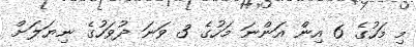
މި މަހުގެ 6 އިން އަންނަ މަހުގެ 3 ވަނަ ދުވަހުގެ ނިޔަލަށް